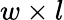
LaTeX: w\times l